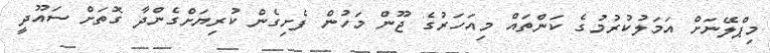
މިޕްލޭނަށް އަމަލުކުރުމުގެ ކަންތައް މިއަހަރުގެ ޖޫން މަހުން ފެށިގެން ކުރިޔަށްގެންދާ ގޮތަށް ސައޫދީ